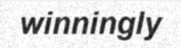
winningly